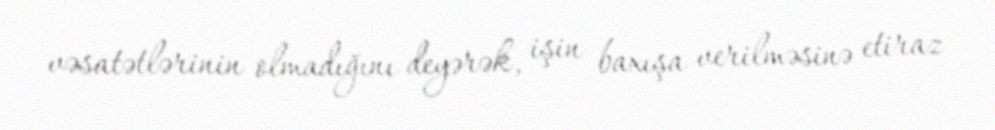
vəsatətlərinin olmadığını deyərək, işin baxışa verilməsinə etiraz